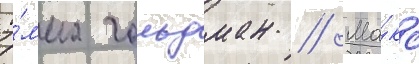
Э́мма гольдман // Ма́кс